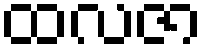
ထလဇာ